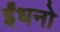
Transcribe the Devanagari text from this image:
ईंधनो